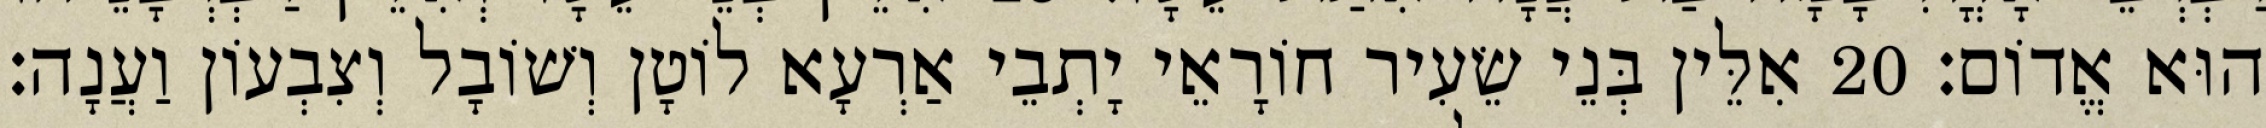
הוּא אֱדוֹם׃ 20 אִלֵּין בְּנֵי שֵׂעִיר חוֹרָאֵי יָתְבֵי אַרְעָא לוֹטָן וְשׁוֹבָל וְצִבְעוֹן וַעֲנָה׃